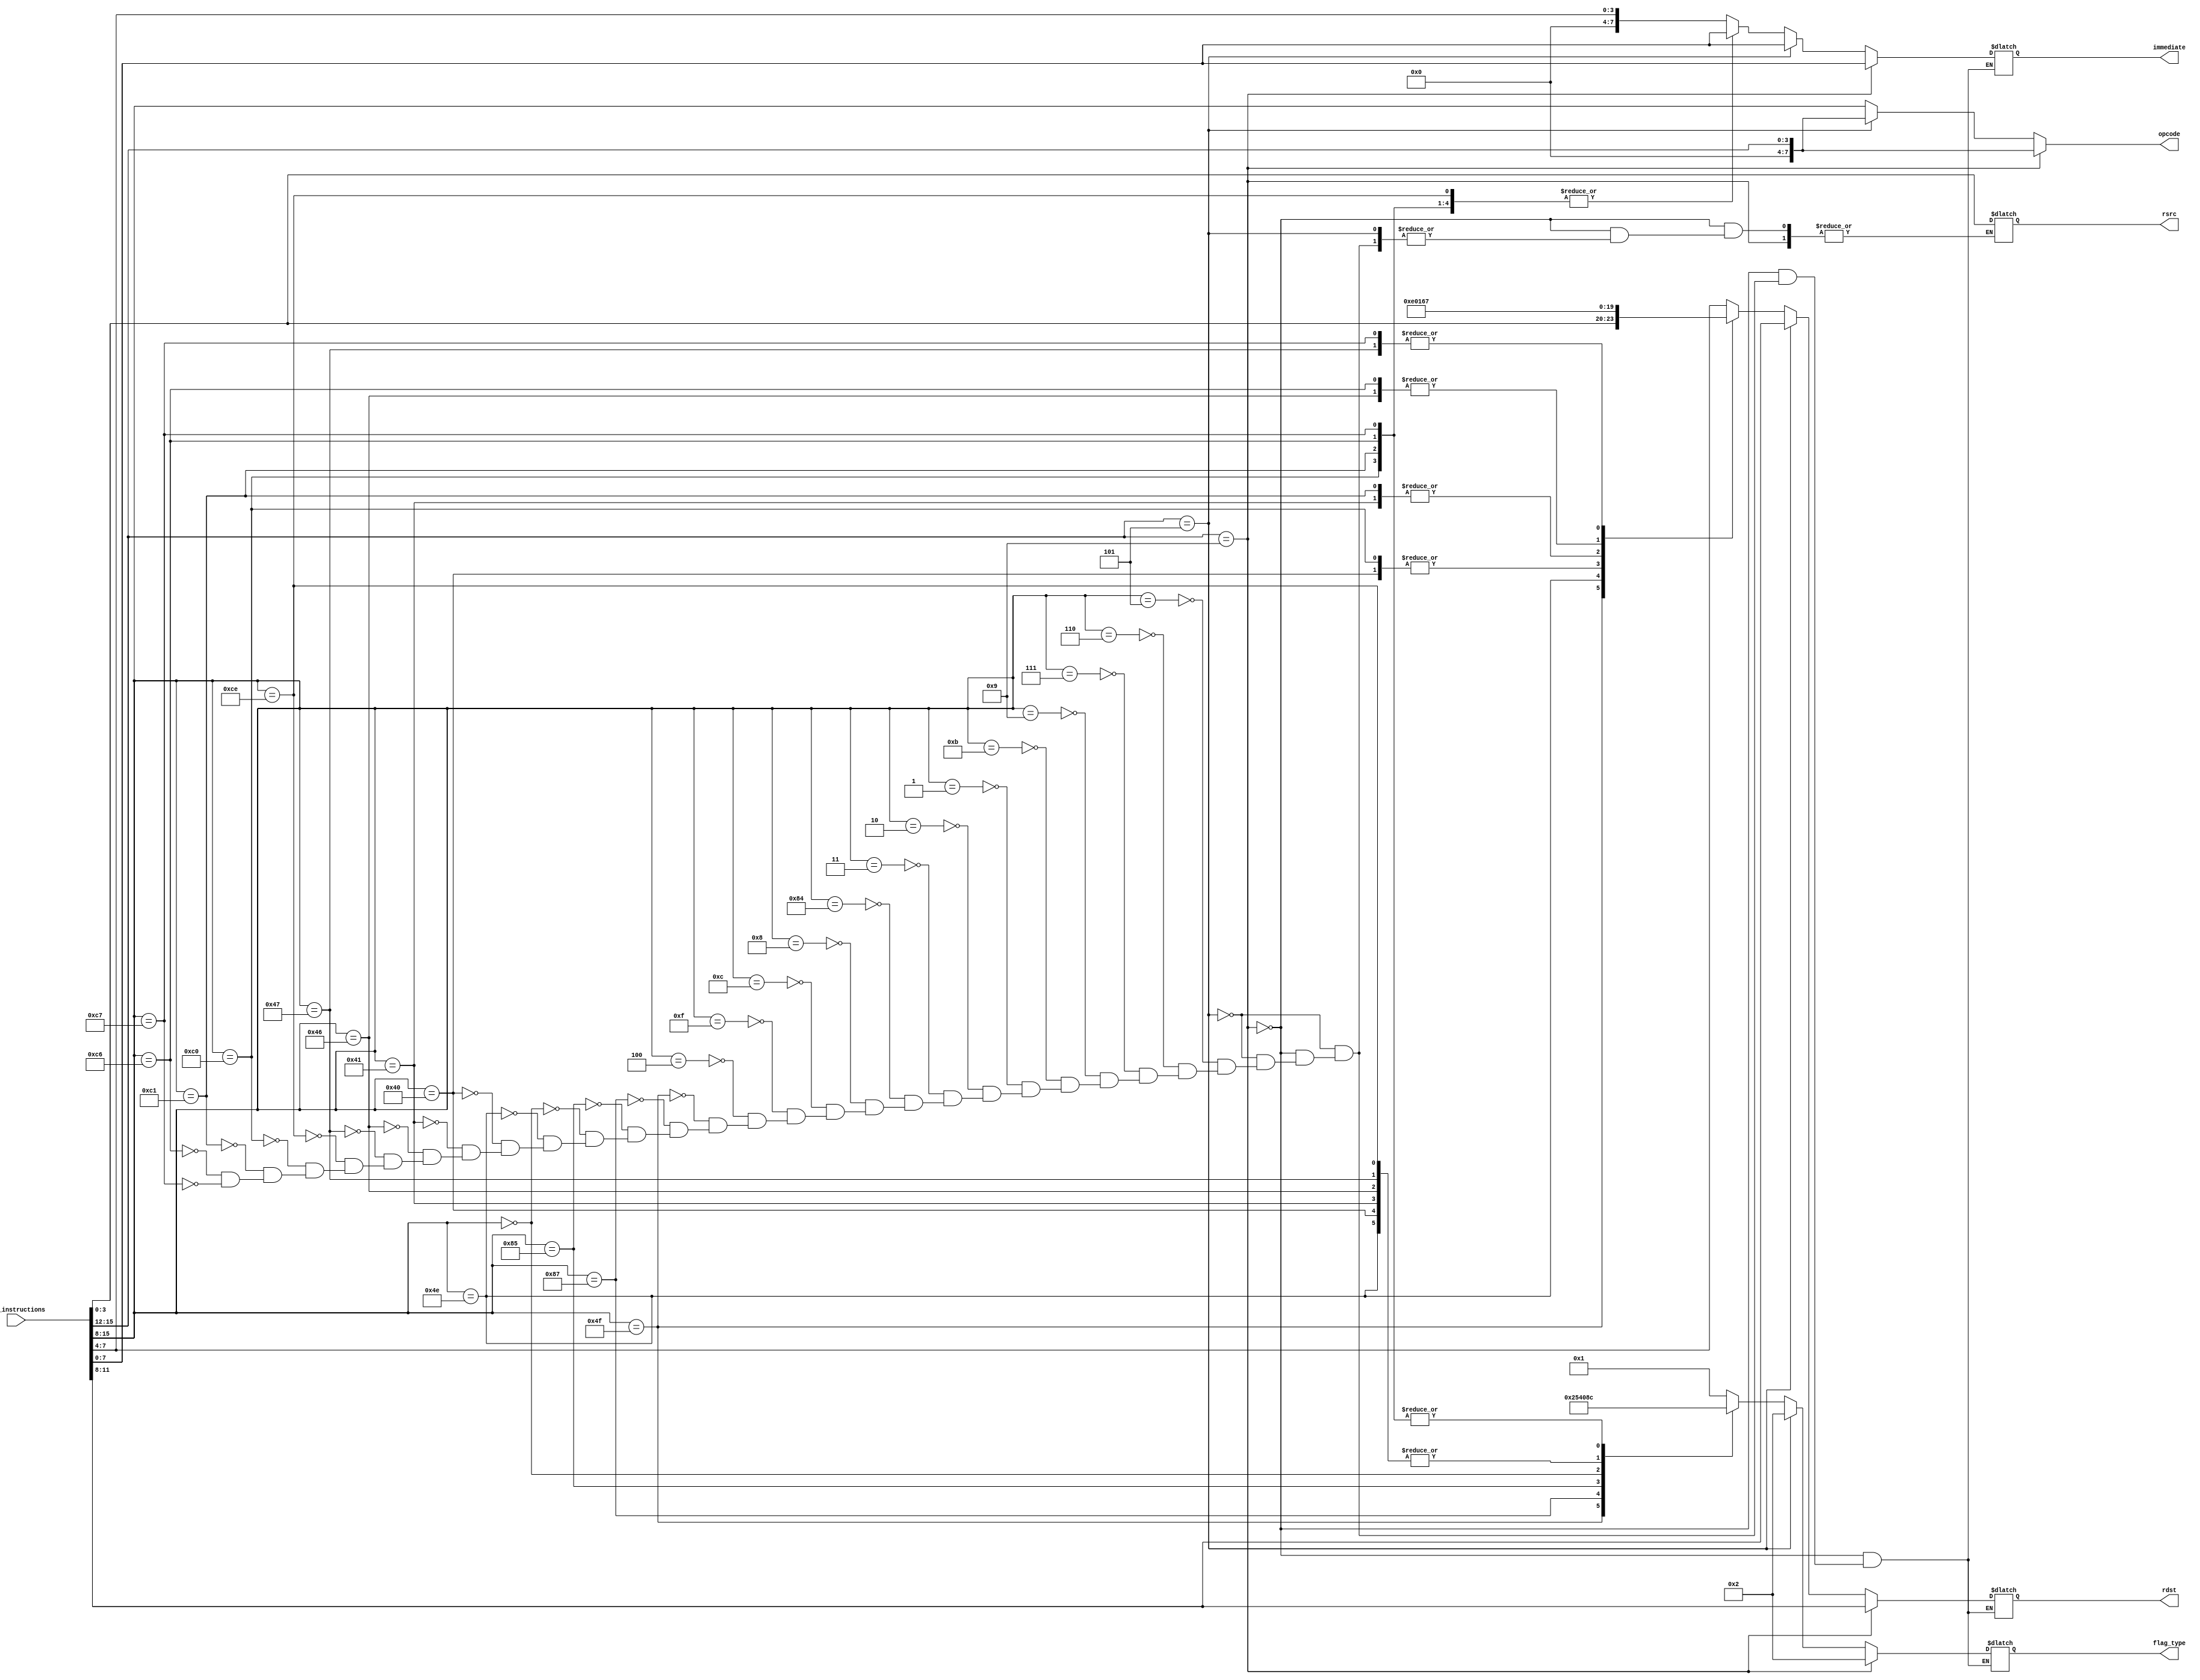
module decoder(raw_instructions, opcode, rdst, rsrc, immediate, flag_type); // Type flag. 

input      [15:0] raw_instructions;
output reg [7:0] opcode;
output reg [3:0] rdst;
output reg [3:0] rsrc;
output reg [7:0] immediate; //displacemnt


// R-types    4'b0001;
// I-type     4'b0010;
// Load		  4'b0100;
// store		  4'b0101;
// Jumps?     4'b1000;
// Branch     4'b1100;
// Wait       4'b0000;

output reg [3:0] flag_type; 

parameter [3:0] addi  = 4'b0101;
parameter [3:0] subi  = 4'b1001;


always @(raw_instructions) begin
	
   if(raw_instructions[15:12] == subi) begin
		opcode    = raw_instructions[15:12];
      rdst      = raw_instructions[11:8];
      immediate = raw_instructions[7:0];
      flag_type = 4'b0010;
	end
	
	else if(raw_instructions[15:12] == addi) begin
		opcode    = raw_instructions[15:12];
      rdst      = raw_instructions[11:8];
      immediate = raw_instructions[7:0];
      flag_type = 4'b0010;
	end

	else begin
		opcode = raw_instructions [15:8];
	case(opcode) 
	
		// add
		8'b00000101 : begin 
			rdst = raw_instructions[7:4];
			rsrc = raw_instructions[3:0];
			immediate = 8'bx;
			flag_type = 4'b0001; // R-type 
			
		end
		
		//addu
		8'b00000110 : begin
			rdst = raw_instructions[7:4];
			rsrc = raw_instructions[3:0];	
			immediate = 8'bx;
		   flag_type = 4'b0001; // R-type 
		end
		
		//addc
		8'b00000111 : begin 
			rdst = raw_instructions[7:4];
			rsrc = raw_instructions[3:0];	
			immediate = 8'bx;
			flag_type = 4'b0001; // R-type 
		end
		
		//sub
		8'b00001001 : begin 
			rdst = raw_instructions[7:4];
			rsrc = raw_instructions[3:0];	
			immediate = 8'bx;
			flag_type = 4'b0001; // R-type 
		end
		
		//cmp
		8'b00001011 : begin 
			rdst = raw_instructions[7:4];
			rsrc = raw_instructions[3:0];	
			immediate = 8'bx;
			flag_type = 4'b0001; // R-type 
		end
		
		//AND
		8'b00000001 : begin 
			rdst = raw_instructions[7:4];
			rsrc = raw_instructions[3:0];	
			immediate = 8'bx;
			flag_type = 4'b0001; // R-type 
		end
		
		//Or
		8'b00000010 : begin 
			rdst = raw_instructions[7:4];
			rsrc = raw_instructions[3:0];	
			immediate = 8'bx;
			flag_type = 4'b0001; // R-type 
		end
		
		//xor
		8'b00000011 : begin 
			rdst = raw_instructions[7:4];
			rsrc = raw_instructions[3:0];	
			immediate = 8'bx;
			flag_type = 4'b0001; // R-type 

		end
		
		//lsh
		8'b10000100 : begin 
			rdst = raw_instructions[7:4];
			rsrc = raw_instructions[3:0];	
			immediate = 8'bx;
			flag_type = 4'b0001; // R-type 
		end
		
		//rsh
		8'b00001000 : begin 
			rdst = raw_instructions[7:4];
			rsrc = raw_instructions[3:0];	
			immediate = 8'bx;
			flag_type = 4'b0001; // R-type 
		end
		
		//alsh
		8'b00001100 : begin 
			rdst = raw_instructions[7:4];
			rsrc = raw_instructions[3:0];	
			immediate = 8'bx;
			flag_type = 4'b0001; // R-type 
		end
		
		//arsh
		8'b00001111 : begin 
			rdst = raw_instructions[7:4];
			rsrc = raw_instructions[3:0];	
			immediate = 8'bx;
			flag_type = 4'b0001; // R-type 
		end
		
		//not
		8'b00000100 : begin 
			rdst = raw_instructions[7:4];
			rsrc = raw_instructions[3:0];	
			immediate = 8'bx;
			flag_type = 4'b0001; // R-type 
		end		
	
		//addi
		8'b01001111 : begin
			rdst = raw_instructions[3:0];
			rsrc = 4'bx;	
			immediate = raw_instructions[7:4];
			flag_type = 4'b0010; // I-type 
		end
		
		//store
        8'b10000111 : begin 
            rdst = raw_instructions[7:4];
            rsrc = raw_instructions[3:0];
            immediate = 8'bx;
            flag_type = 4'b0101; // store-type 
        end

        //load
        8'b10000101 : begin 
            rdst = raw_instructions[7:4];
            rsrc = raw_instructions[3:0];
            immediate = 8'bx;
            flag_type = 4'b0100; // load-type 
        end
		  
		  //wait (do nothing)
        8'b00000000 : begin 
            rdst = raw_instructions[7:4];
            rsrc = raw_instructions[3:0];
            immediate = 8'bx;
            flag_type = 4'b0000; // load-type 
        end
		  
		  //Jump unconditional
		  8'b01001110 : begin
			rdst = 4'b1110; // EQ
			rsrc = 4'bx;	
			immediate = raw_instructions[7:0];
			flag_type = 4'b1000; // Jump 
		end

		  //JEQ: 01000000
		  8'b01000000 : begin
			rdst = 4'b0000; // EQ
			rsrc = 4'bx;	
			immediate = raw_instructions[7:0];
			flag_type = 4'b1000; // Jump 
		end
		
		  // JNE: 01000001
		  8'b01000001 : begin
			rdst = 4'b0001; //NE
			rsrc = 4'bx;	
			immediate = raw_instructions[7:0];
			flag_type = 4'b1000; // Jump 
			end
			
		  //JGT: 01000110
		 8'b01000110 : begin
			rdst = 4'b0110; //GT
			rsrc = 4'bx;	
			immediate = raw_instructions[7:0];
			flag_type = 4'b1000; // Jump  
			end
			
		  //JLE: 01000111
		   8'b01000111 : begin
			rdst = 4'b0111; //LE
			rsrc = 4'bx;	
			immediate = raw_instructions[7:0];
			flag_type = 4'b1000; // Jump
	end		
		 
		 //Branch unconditional
		  8'b11001110 : begin
			rdst = 4'bx; // EQ
			rsrc = 4'bx;	
			immediate = raw_instructions[7:0];
			flag_type = 4'b1000; // Jump 
		end
		 
		 //BEQ: 11000000
		 8'b11000000 : begin
			rdst = 4'b0000; //EQ
			rsrc = 4'bx;	
			immediate = raw_instructions[7:0];
			flag_type = 4'b1100; // Branch 
			end	
			
		 //BNE: 11000001
		 8'b11000001 : begin
			rdst = 4'b0001; //NE
			rsrc = 4'bx;	
			immediate = raw_instructions[7:0];
			flag_type = 4'b1100; // Branch
			end
			
		 //BGT: 11000110
		 8'b11000110 : begin
			rdst = 4'b0110; //GT
			rsrc = 4'bx;	
			immediate = raw_instructions[7:0];
			flag_type = 4'b1100; // Branch
			end
			
		 //BLE: 11000111
		 8'b11000111 : begin
			rdst = 4'b0111; //LE
			rsrc = 4'bx;	
			immediate = raw_instructions[7:0];
			flag_type = 4'b1100; // Branch
			end
		  		  
		  
		endcase
		end
		end
endmodule